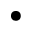
\bullet